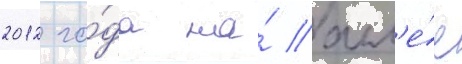
2012 го́да на́ алл'е́е